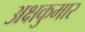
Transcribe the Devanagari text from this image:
अक्षकुमार